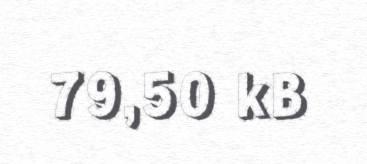
79,50 kB